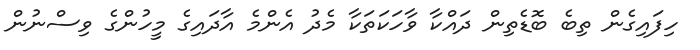
ހިފައިގެން ތިބެ ބޮޑެތިން ދައްކާ ވާހަކަތަކާ މެދު އެންމެ އާދައިގެ މީހުންގެ ވިސްނުން